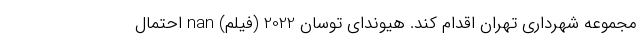
مجموعه شهرداری تهران اقدام کند. هیوندای توسان 2022 (فیلم) nan احتمال